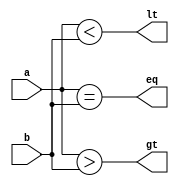
module two_bit_comparator (
    input [1:0] a,
    input [1:0] b,
    output gt,
    output lt,
    output eq
);

assign gt = (a > b);
assign lt = (a < b);
assign eq = (a == b);

endmodule